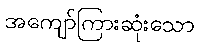
အကျော်ကြားဆုံးသော